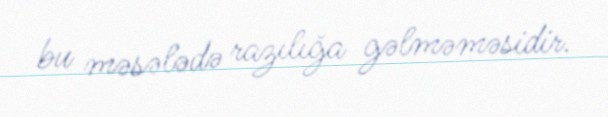
bu məsələdə razılığa gəlməməsidir.